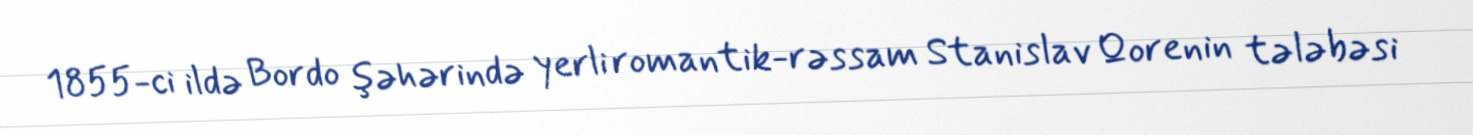
1855-ci ildə Bordo şəhərində yerli romantik-rəssam Stanislav Qorenin tələbəsi